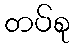
တပ်စု